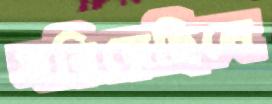
সরিয়েছিলে